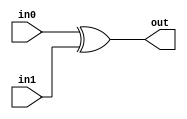
module C_Xor(in0, in1, out);
	
	parameter BITS = 1;
	input [BITS-1:0] in0;
	input [BITS-1:0] in1;
	output [BITS-1:0] out;

	assign out = in0 ^ in1;
	 
endmodule